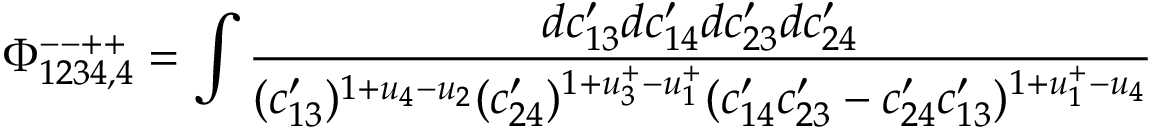
\Phi _ { 1 2 3 4 , 4 } ^ { -- + + } = \int \frac { d c _ { 1 3 } ^ { \prime } d c _ { 1 4 } ^ { \prime } d c _ { 2 3 } ^ { \prime } d c _ { 2 4 } ^ { \prime } } { ( c _ { 1 3 } ^ { \prime } ) ^ { 1 + u _ { 4 } - u _ { 2 } } ( c _ { 2 4 } ^ { \prime } ) ^ { 1 + u _ { 3 } ^ { + } - u _ { 1 } ^ { + } } ( c _ { 1 4 } ^ { \prime } c _ { 2 3 } ^ { \prime } - c _ { 2 4 } ^ { \prime } c _ { 1 3 } ^ { \prime } ) ^ { 1 + u _ { 1 } ^ { + } - u _ { 4 } } }